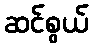
ဆင်စွယ်